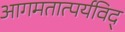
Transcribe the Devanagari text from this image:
आगमतात्पर्यविद्